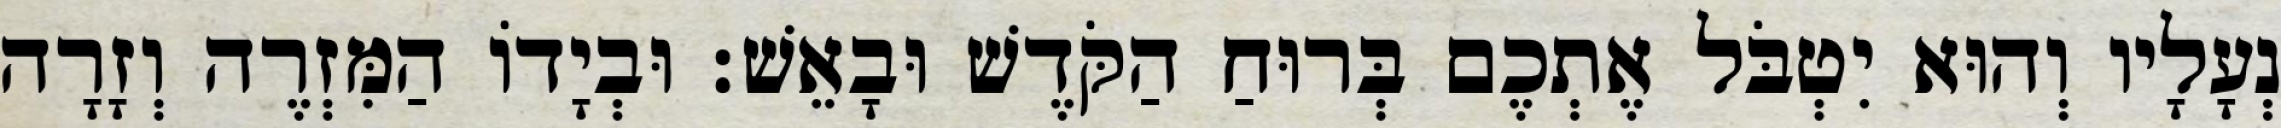
נְעָלָיו וְהוּא יִטְבֹּל אֶתְכֶם בְּרוּחַ הַקֹּדֶשׁ וּבָאֵשׁ׃ וּבְיָדוֹ הַמִּזְרֶה וְזָרָה